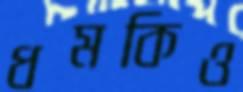
ধমকিও